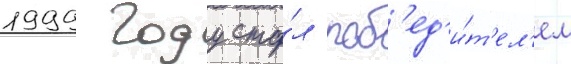
1999 году ста́л поб'ед'и́т'ел'ем